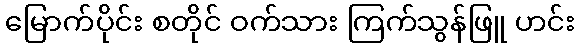
မြောက်ပိုင်း စတိုင် ဝက်သား ကြက်သွန်ဖြူ ဟင်း